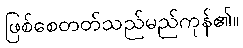
ဖြစ်စေတတ်သည်မည်ကုန်၏။